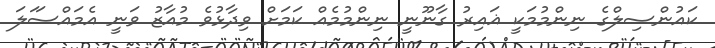
ކައުންސިލްގެ ނިންމުމަކީ ޣައިރު ގާނޫނީ ނިންމުމެއް ކަމަށް ވިދާޅުވެ މުއާޒު ވަނީ އެމައްސަަލަ